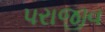
પરાજીવ